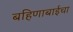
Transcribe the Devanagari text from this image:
बहिणाबाईचा